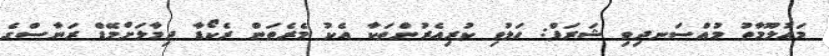
މައުލޫމާތު މުއްސަނދިވި ޝަރަފް: ހަލުވި ކުރިއެރުންތަކާ އެކު މެރެތަން ރެކޯޑާ ދިމާލަށްމޭޑް ރަނާސްގެ